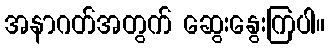
အနာဂတ်အတွက် ဆွေးနွေးကြပါ။